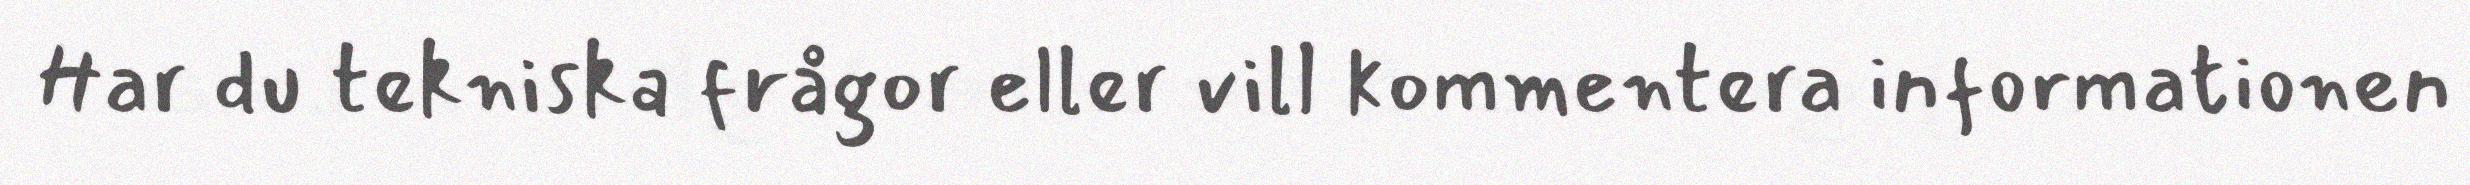
Har du tekniska frågor eller vill kommentera informationen